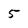
Character: 5